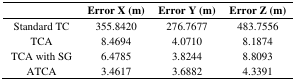
|  | Error X (m) | Error Y (m) | Error Z (m) |
 | --- | --- | --- | --- |
 | Standard TC | 355.8420 | 276.7677 | 483.7556 |
 | TCA | 8.4694 | 4.0710 | 8.1874 |
 | TCA with SG | 6.4785 | 3.8244 | 8.8093 |
 | ATCA | 3.4617 | 3.6882 | 4.3391 |